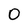
Character: 0